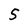
Character: 5